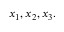
x _ { 1 } , x _ { 2 } , x _ { 3 } .